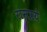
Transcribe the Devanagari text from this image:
रामत्रये